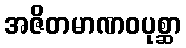
အဇိတမာဏဝပုစ္ဆာ